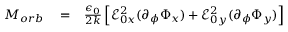
\begin{array} { r l r } { M _ { o r b } } & { { } = } & { \frac { \epsilon _ { 0 } } { 2 k } \left[ \mathcal { E } _ { 0 x } ^ { 2 } ( \partial _ { \phi } \Phi _ { x } ) + \mathcal { E } _ { 0 y } ^ { 2 } ( \partial _ { \phi } \Phi _ { y } ) \right] } \end{array}